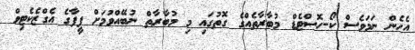
އެހެން ނަމަވެސް ކޯ-ހޮސްޓެޑް މުބާރާތެއްގެ ގޮތުގައި މި މުބާރާތް ނުބޭއްވުމަށް ފީފާގެ އެގްޒެކެޓިވް